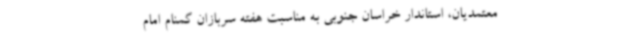
معتمدیان، استاندار خراسان جنوبی به مناسبت هفته سربازان گمنام امام